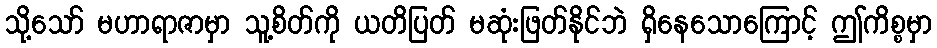
သို့သော် မဟာရာဇာမှာ သူ့စိတ်ကို ယတိပြတ် မဆုံးဖြတ်နိုင်ဘဲ ရှိနေသောကြောင့် ဤကိစ္စမှာ